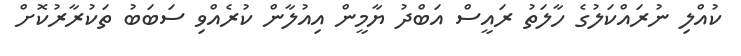
ކުއްލި ނުރައްކަލުގެ ހާލަތު ރައީސް އަބްދު ޔާމީން އިއުލާން ކުރެއްވި ސަބަބު ތަކުރާރުކޮށް